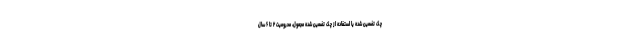
چک تضمین شده یا استفاده از چک تضمین شده مجعول، محرومیت ۲ تا ۶ سال